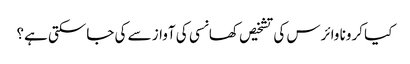
کیا کرونا وائرس کی تشخیص کھانسی کی آواز سے کی جاسکتی ہے؟